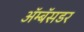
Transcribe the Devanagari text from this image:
ॲम्बॅसडर